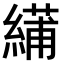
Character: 𫃾